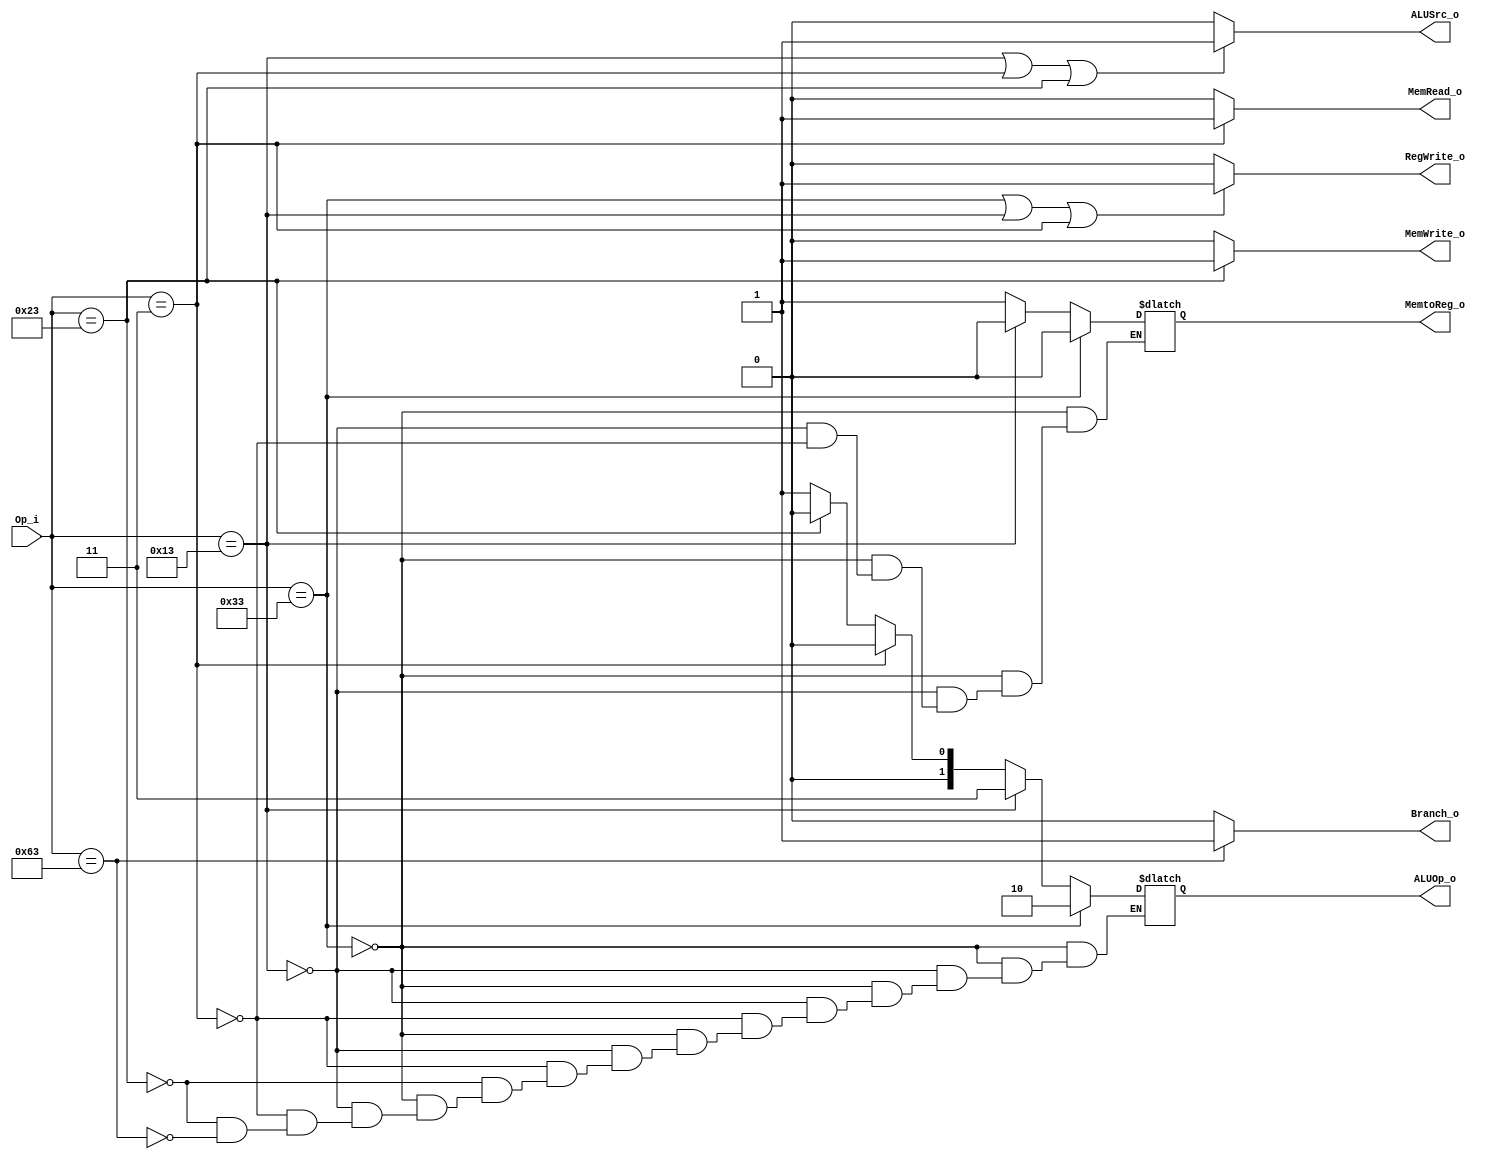
module Control
(
	Op_i,
	ALUOp_o,
	ALUSrc_o,
	Branch_o,
	MemRead_o,
	MemWrite_o,
	RegWrite_o,
	MemtoReg_o
);

input  [6 : 0] Op_i;
output [1 : 0] ALUOp_o;
output         ALUSrc_o;
output         Branch_o;
output         MemRead_o;
output         MemWrite_o;
output         RegWrite_o;
output         MemtoReg_o;

reg    [1 : 0] ALUOp_reg;
reg            MemtoReg_reg;

assign ALUOp_o = ALUOp_reg;
assign ALUSrc_o = (Op_i == 7'b0010011 || Op_i == 7'b0000011 || Op_i == 7'b0100011)? 1'b1 : 1'b0;
assign Branch_o = (Op_i == 7'b1100011)? 1'b1 : 1'b0;
assign MemRead_o = (Op_i == 7'b0000011)? 1'b1 : 1'b0;
assign MemWrite_o = (Op_i == 7'b0100011)? 1'b1 : 1'b0;
assign RegWrite_o = (Op_i == 7'b0110011 || Op_i == 7'b0010011 || Op_i == 7'b0000011)? 1'b1 : 1'b0;
assign MemtoReg_o = MemtoReg_reg;

always @(Op_i)
begin
	if (Op_i == 7'b0110011) // R-type
	begin
		ALUOp_reg = 2'b10;
		MemtoReg_reg = 1'b0;
	end
	else if (Op_i == 7'b0010011) // addi
	begin
		ALUOp_reg = 2'b11;
		MemtoReg_reg = 1'b0;
	end
	else if (Op_i == 7'b0000011) // load
	begin
		ALUOp_reg = 2'b00;
		MemtoReg_reg = 1'b1;
	end
	else if (Op_i == 7'b0100011) // store
	begin
		ALUOp_reg = 2'b00;
	end
	else if (Op_i == 7'b1100011) // branch
	begin
		ALUOp_reg = 2'b01;
	end
end

endmodule